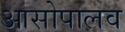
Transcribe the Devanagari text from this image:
आसोपालव